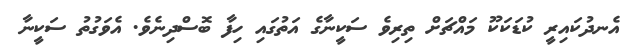
އެނދުކައިރީ ކުޑަކަކޫ މައްޗަށް ތިރިވެ ސަކީނާގެ އަތުގައި ހިފާ ބޮސްދިނެވެ. އެވަގުތު ސަކީނާ